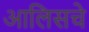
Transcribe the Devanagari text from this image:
आलिसचे